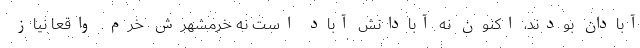
آبادان بودند، اکنون نه آبادانش آباد است نه خرمشهرش خرم. واقعا نیاز